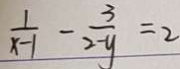
\frac { 1 } { x - 1 } - \frac { 3 } { 2 - y } = 2